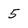
Character: 5